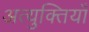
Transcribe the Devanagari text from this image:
अत्युक्तियाँ